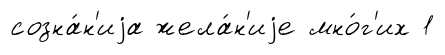
созна́н'иjа жела́н'иjе мно́г'их 1